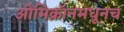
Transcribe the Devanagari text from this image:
ओमिक्रॉनमधूनच